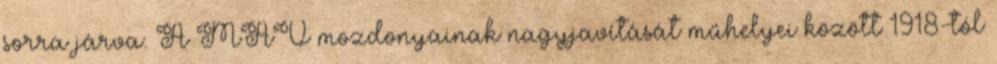
sorra járva. A MÁV mozdonyainak nagyjavítását műhelyei között 1918-tól